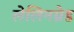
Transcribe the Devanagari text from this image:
लेलिनग्रेड